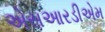
એસઆરડીએમ